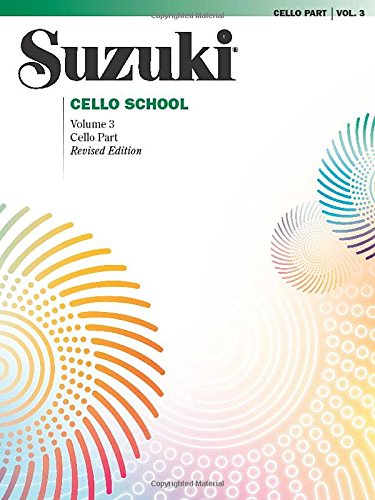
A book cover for Suzuki Cello School: Cello Part, Vol. 3; Alfred Publishing Staff; Arts & Photography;